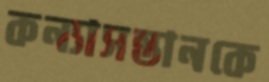
কন্যাসন্তানকে